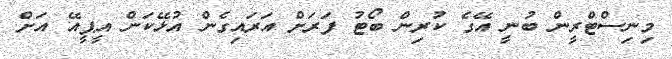
މިނިސްޓްރީން ބުނީ އޭގެ ކުރިން ބޯޓު ފަރަށް އަރައިގެން އުޅޭކަން އީޕީއޭ އަށް